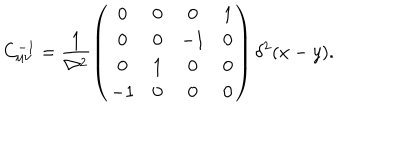
C _ { \mu \nu } ^ { - 1 } = \frac { 1 } { \nabla ^ { 2 } } \left( \begin{array} { c c c c } { { 0 } } & { { 0 } } & { { 0 } } & { { 1 } } \\ { { 0 } } & { { 0 } } & { { - 1 } } & { { 0 } } \\ { { 0 } } & { { 1 } } & { { 0 } } & { { 0 } } \\ { { - 1 } } & { { 0 } } & { { 0 } } & { { 0 } } \\ \end{array} \right) \delta ^ { 2 } ( x - y ) .